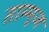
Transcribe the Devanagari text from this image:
ताम्मूज